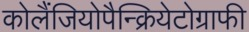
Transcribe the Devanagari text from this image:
कोलैंजियोपैन्क्रियेटोग्राफी